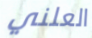
العلني